system: You are a helpful assistant.
user:
Analyze the provided spectrum to determine if it is a **M-type Giant (gM)**.

A M-type Giant spectrum is defined by its **strong molecular absorption** features, particularly from **Titanium Oxide (TiO)**. You must check for one of the following mutually exclusive signatures:

- **Key Visual Indicators (Absorption-Dominated Spectrum):**

    - **(Primary):** The spectrum is dominated by strong molecular absorption from **Titanium Oxide (TiO)**. This is the **defining feature** of its M-type temperature class.
        - **(Key Bandheads):** Look for sharp, "saw-tooth" absorption valleys. The strongest are located near **~7050 Å**, **~6160 Å**, and **~5170 Å**.
        - **(Line Profile):** The "saw-tooth" morphology is critical: a **sharp, steep drop on the BLUE (short-wavelength) side** of the bandhead, followed by a gradual recovery (rising flux) towards the RED (long-wavelength) side.

    - **(Key Confirmation - Giant vs. Dwarf):** **ABSENCE** of strong **Calcium Hydride (CaH)** molecular bands. This is the primary diagnostic for *excluding* M-dwarfs.
        - **(Key Region):** The spectrum should lack the strong, broad absorption band seen in dwarfs between **~6800 Å and ~7000 Å**.

    - **(Secondary Confirmation - Giant):** A very strong and broad **Neutral Calcium (Ca I)** atomic absorption line.
        - **(Key Line):** Located at **~4226 Å**. In a giant (gM), this line is significantly deeper and broader than the same line in an M-dwarf (dM) due to low surface gravity.

    - **(Overall Spectrum):**
        - The continuum is **extremely red-sloping** (i.e., flux is very low in the blue and rises dramatically towards the red).
        - The entire spectrum appears "chopped up" by the deep TiO bands.

Think first, call **spectral_visualization_tool** if needed to examine features in detail, then provide your final answer. Your response must adhere to the following strict rules:
1.  **Overall Structure:** Your response must follow the format `<think>...</think> <tool_call>...</tool_call> (if a tool is used) <answer>...</answer>`.
2.  **Tool Usage Constraint:** You may only make **one** tool call per turn.
3.  **Final Answer Format:** In the `<answer>` tag, your conclusion must be inside a `\boxed{}` command (e.g., `\boxed{YES}` or `\boxed{NO}`), followed by your justification.

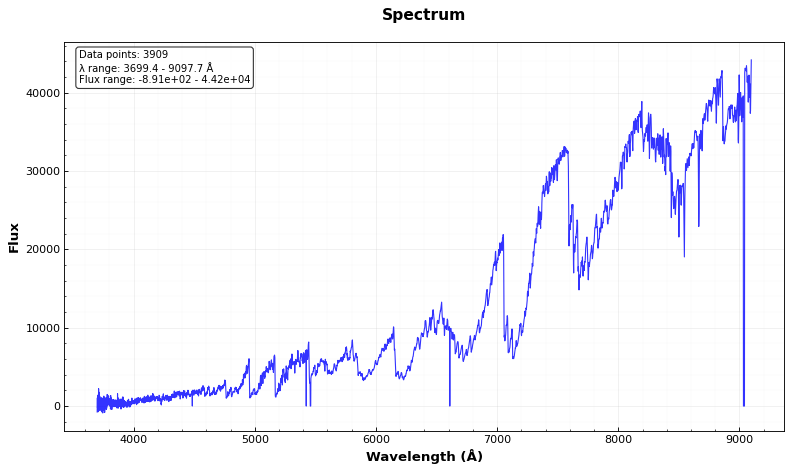
Answer: YES